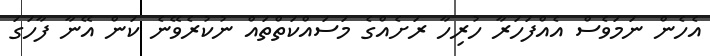
އެހެން ނަމަވެސް އެއްފަހަރާ ހުރިހާ ރަށެއްގެ މަސައްކަތްތައް ނުކުރެވޭނެ ކަން އޭނާ ފާހަގަ